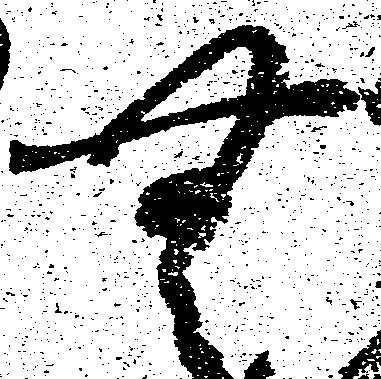
無